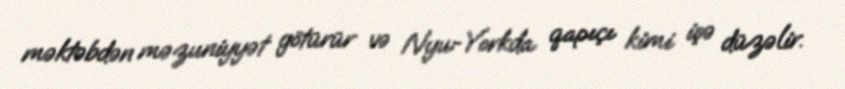
məktəbdən məzuniyyət götürür və Nyu-Yorkda qapıçı kimi işə düzəlir.